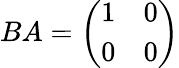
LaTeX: BA={\left(\begin{array}{ll}{1}&{0}\\ {0}&{0}\end{array}\right)}